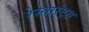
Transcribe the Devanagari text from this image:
रेस्तारंट्स